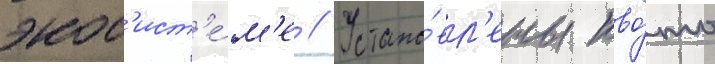
экос'ист'е́м'е // Устано́вл'ены кво́ты